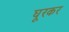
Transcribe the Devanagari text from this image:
घूरकर